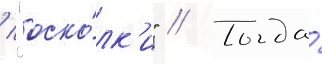
/ "оско́лк'и" // Тогда́